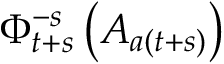
\Phi _ { t + s } ^ { - s } \left( A _ { a ( t + s ) } \right)